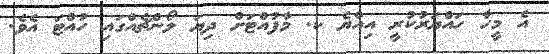
އެ މީހާ ހައްޔަރުކުރީ އިއްޔެ ކ. މާފުއްޓަށް ދިޔަ ލޯންޗެއްގައި ހުއްޓަ އެވެ.